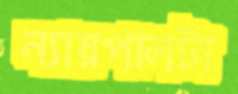
ন্যায়পালটা